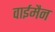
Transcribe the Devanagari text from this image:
वाईमैन